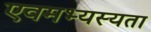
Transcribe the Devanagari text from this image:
एवमभ्यस्यता